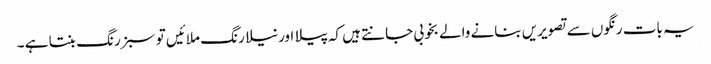
یہ بات رنگوں سے تصویریں بنانے والے بخوبی جانتے ہیں کہ پیلا اور نیلا رنگ ملائیں تو سبز رنگ بنتا ہے ۔